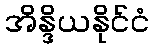
အိန္ဒိယနိုင်ငံ